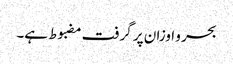
بحر و اوزان پر گرفت مضبوط ہے۔